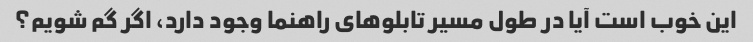
این خوب است آیا در طول مسیر تابلوهای راهنما وجود دارد، اگر گم شویم؟